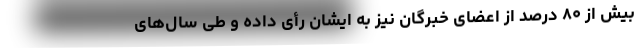
بیش از ۸۰ درصد از اعضای خبرگان نیز به ایشان رأی داده و طی سال‌های